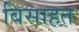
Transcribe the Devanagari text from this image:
बिसाहत